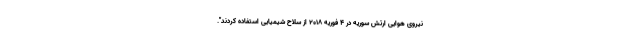
نیروی هوایی ارتش سوریه در 4 فوریه 2018 از سلاح شیمیایی استفاده کردند".